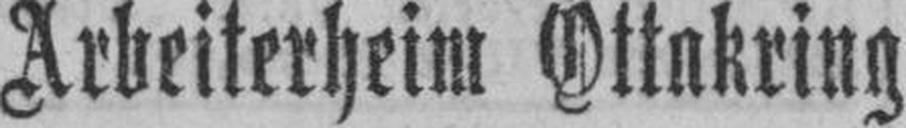
Arbeiterheim Ottakring